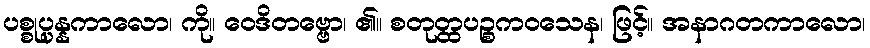
ပစ္စုပ္ပန္နကာလော၊ ကို။ ဝေဒိတဗ္ဗော၊ ၏။ စတုတ္ထပဉ္စကဝသေန၊ ဖြင့်။ အနာဂတကာလော၊